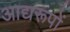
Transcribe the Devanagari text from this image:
आद्यरूपों